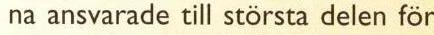
na ansvarade till största delen för